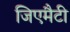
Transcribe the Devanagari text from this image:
जिएमैटी